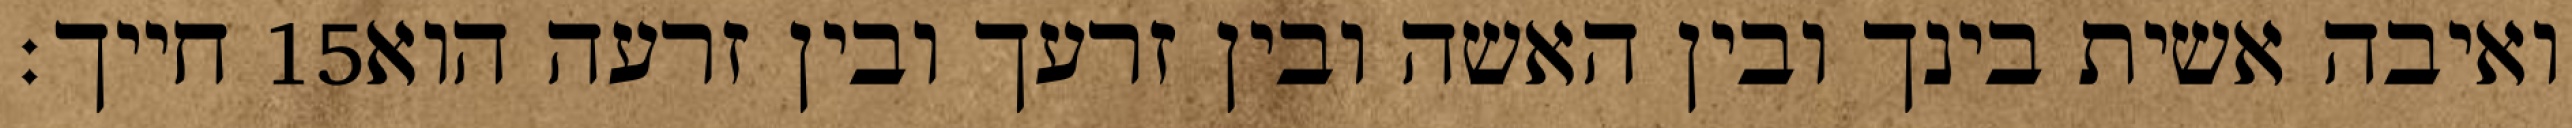
חייך׃ ‎15‏ ואיבה אשית בינך ובין האשה ובין זרעך ובין זרעה הוא